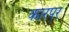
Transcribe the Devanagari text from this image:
कारपर